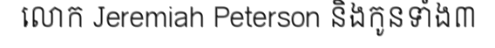
លោក Jeremiah Peterson និងកូនទាំង៣